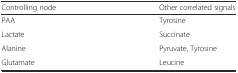
<table><thead><tr><td><b>Controlling node</b></td><td><b>Other correlated signals</b></td></tr></thead><tbody><tr><td>PAA</td><td>Tyrosine</td></tr><tr><td>Lactate</td><td>Succinate</td></tr><tr><td>Alanine</td><td>Pyruvate, Tyrosine</td></tr><tr><td>Glutamate</td><td>Leucine</td></tr></tbody></table>